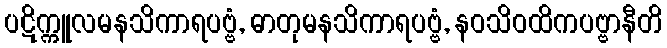
ပဋိက္ကူလမနသိကာရပဗ္ဗံ, ဓာတုမနသိကာရပဗ္ဗံ, နဝသိဝထိကပဗ္ဗာနီတိ